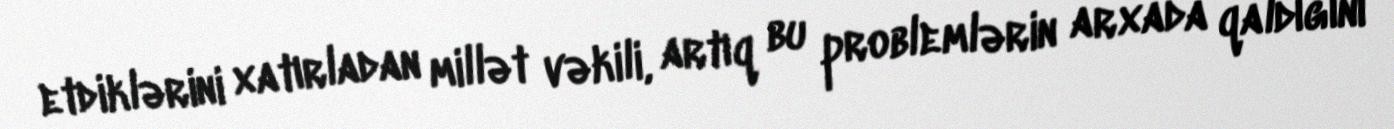
etdiklərini xatırladan millət vəkili, artıq bu problemlərin arxada qaldığını